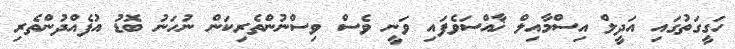
ހަގީގަތުގައި އަދީލް އިސްމާއިލް ޚާއްސަވެފައި ވަނީ ވެސް ވިސްނުންތެރިކަން ނުހަނު ބޮޑު އުފެއްދުންތެރި